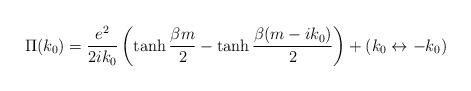
LaTeX: \begin{align*}\Pi(k_{0}) = {e^{2}\over 2i k_{0}} \left(\tanh {\beta m\over 2} - \tanh {\beta(m-ik_{0})\over 2}\right) + (k_{0} \leftrightarrow - k_{0})\end{align*}